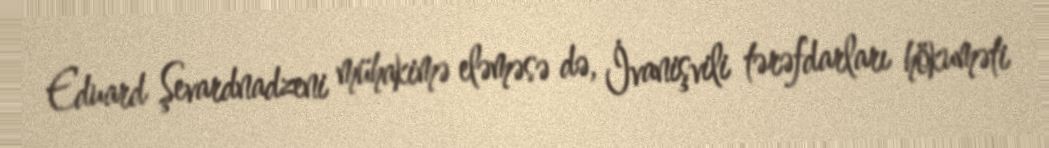
Eduard Şevardnadzeni mühakimə eləməsə də, İvanişvili tərəfdarları hökuməti